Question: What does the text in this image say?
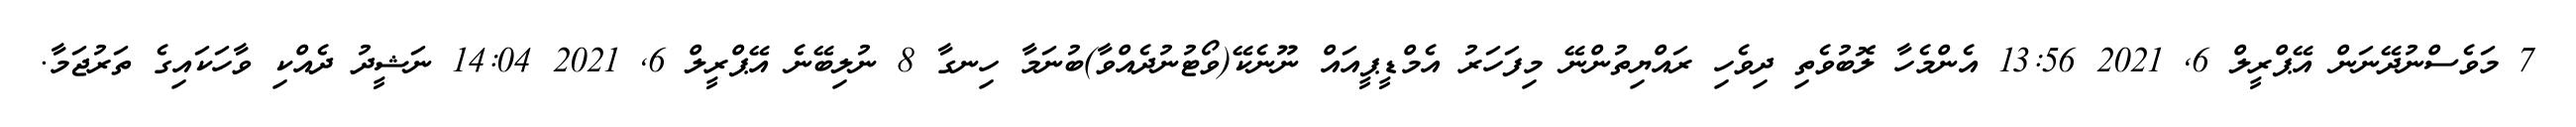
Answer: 7 މަވެސްނުދޭނަން އޭޕްރީލް 6, 2021 13:56 އެންމެހާ ލޮބުވެތި ދިވެހި ރައްޔިތުންނޭ މިފަހަރު އެމްޑީޕީއައް ނޫނެކޭ(ވޯޓުނުދެއްވާ)ބުނަމާ ހިނގާ 8 ނުލިބޭނެ އޭޕްރީލް 6, 2021 14:04 ނަޝީދު ދެއްކި ވާހަކައިގެ ތަރުޖަމާ.